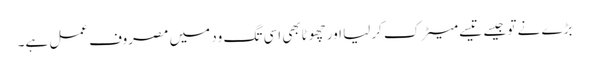
بڑے نے تو جیسے تیسے میٹرک کرلیا اور چھوٹابھی اسی تگ ود میں مصروف عمل ہے۔